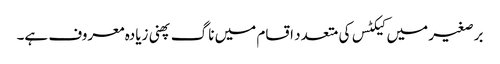
برصغیر میں کیکٹس کی متعدد اقسام میں ناگ پھنی زیادہ معروف ہے۔